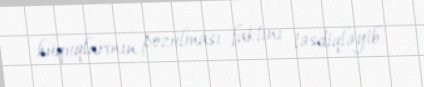
hüquqlarının pozulması faktını təsdiqləyib.